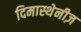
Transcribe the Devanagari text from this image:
दिमास्थेनीज़